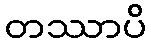
တဿာပိ